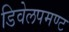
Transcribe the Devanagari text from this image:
डिवेलपमण्ट